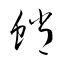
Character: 蛸